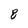
Character: 8